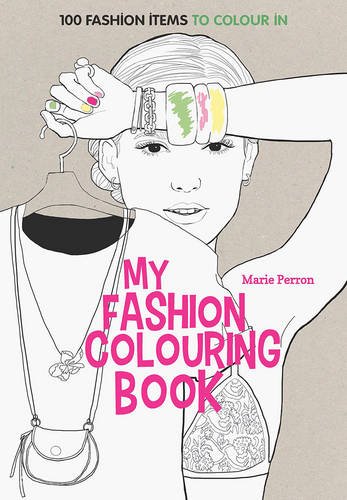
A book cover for Art Therapy: My Fashion Colouring Book: 100 Fashion Items to Colour in; Arts & Photography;